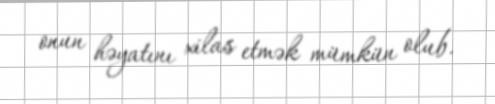
onun həyatını xilas etmək mümkün olub.